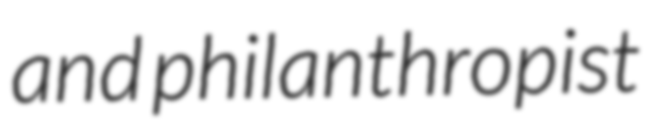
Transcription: and philanthropist